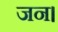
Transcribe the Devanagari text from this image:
जन।